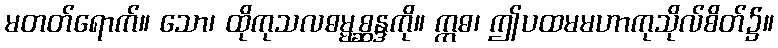
မတတ်ရောက်။ သော၊ ထိုကုသလဓမ္မစ္ဆန္ဒကို။ ဣဓ၊ ဤပထမမဟာကုသိုလ်စိတ်၌။